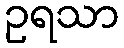
ဥရသာ